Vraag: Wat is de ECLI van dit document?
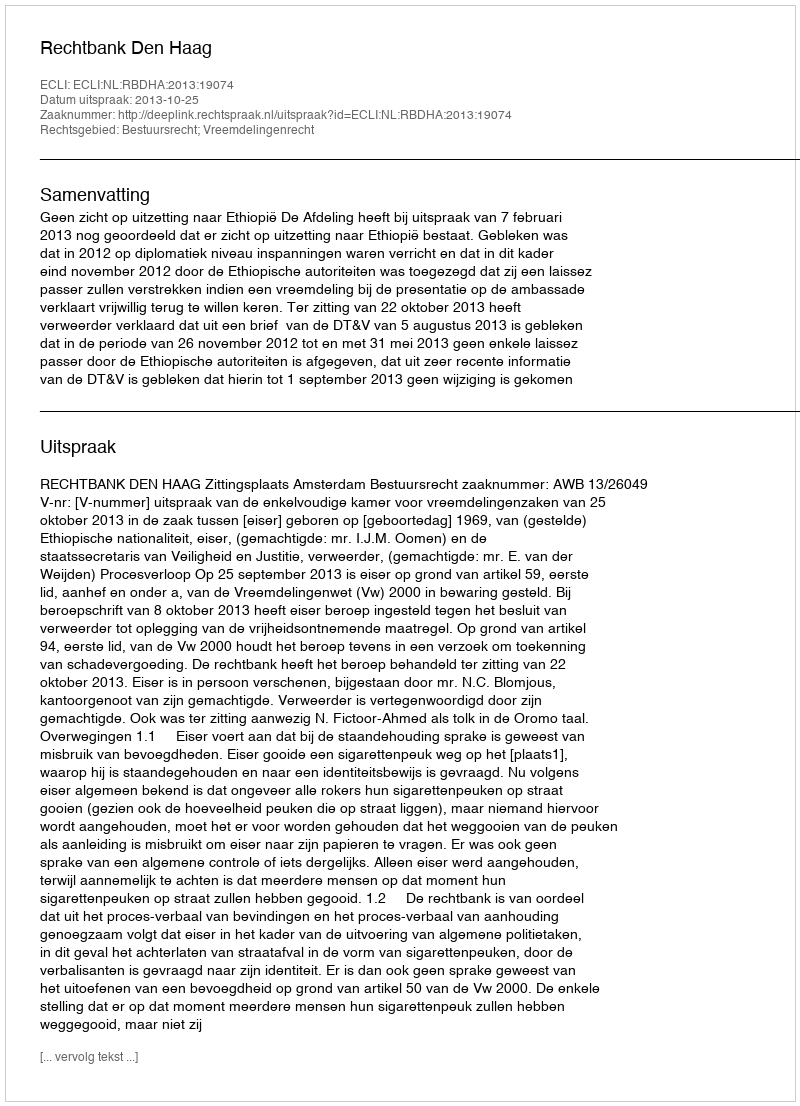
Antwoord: ECLI:NL:RBDHA:2013:19074